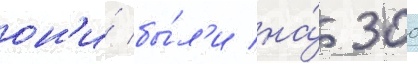
он'и́ бы́л'и на́ 300